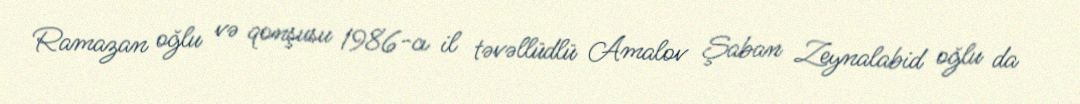
Ramazan oğlu və qonşusu 1986-cı il təvəllüdlü Amalov Şaban Zeynalabid oğlu da